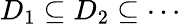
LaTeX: D_{1}\subseteq D_{2}\subseteq\cdots